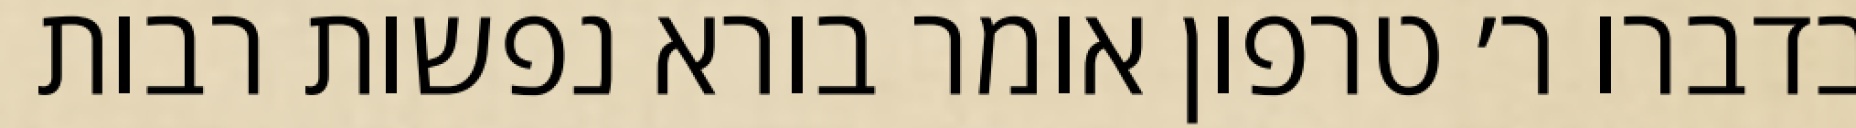
בדברו ר׳ טרפון אומר בורא נפשות רבות